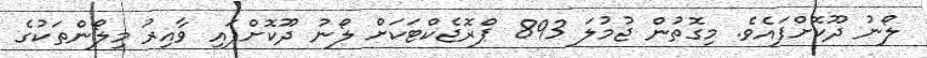
ލޯނު ދޫކޮށްފައެވެ. މިގޮތުން ޖުމުލަ 893 ޕްރޮޖެކްޓަކަށް ލޯނު ދޫކޮށްފައި ވާއިރު މިލޯންތަކުގެ